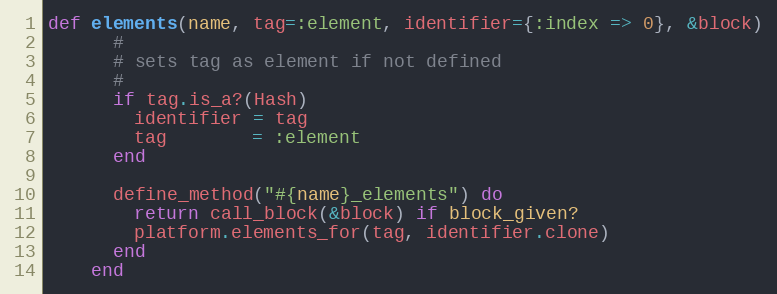
Language: Ruby
def elements(name, tag=:element, identifier={:index => 0}, &block)
      #
      # sets tag as element if not defined
      #
      if tag.is_a?(Hash)
        identifier = tag
        tag        = :element
      end

      define_method("#{name}_elements") do
        return call_block(&block) if block_given?
        platform.elements_for(tag, identifier.clone)
      end
    end